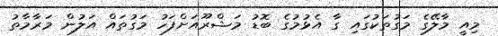
މިއީ މާލޭގެ މަގުތަކުގައި ގާ އެޅުމުގެ ބޮޑު މަޝްރޫއަށްފަހު މަގުތައް އަލުން މަރާމާތު